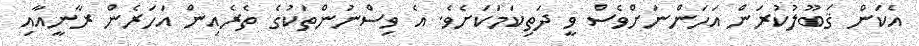
އެކަން ޤަބޫލުކުރަން އަހަންނަށްވެސް ވީ ދަތިކަމަކަށެވެ. އެ ވިސްނުންތަކުގެ ތެރެއިން އަހަރެން ރާނީއާއި